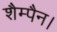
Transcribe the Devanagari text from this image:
शैम्पैन।